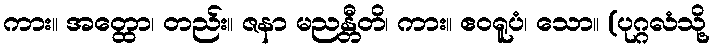
ကား။ အတ္ထော၊ တည်း။ ဇနာ မညန္တီတိ၊ ကား။ ဧဝရူပံ၊ သော။ (ပုဂ္ဂလံသို့